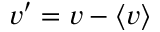
\boldsymbol { v ^ { \prime } } = \boldsymbol { v } - \boldsymbol { \left< v \right> }